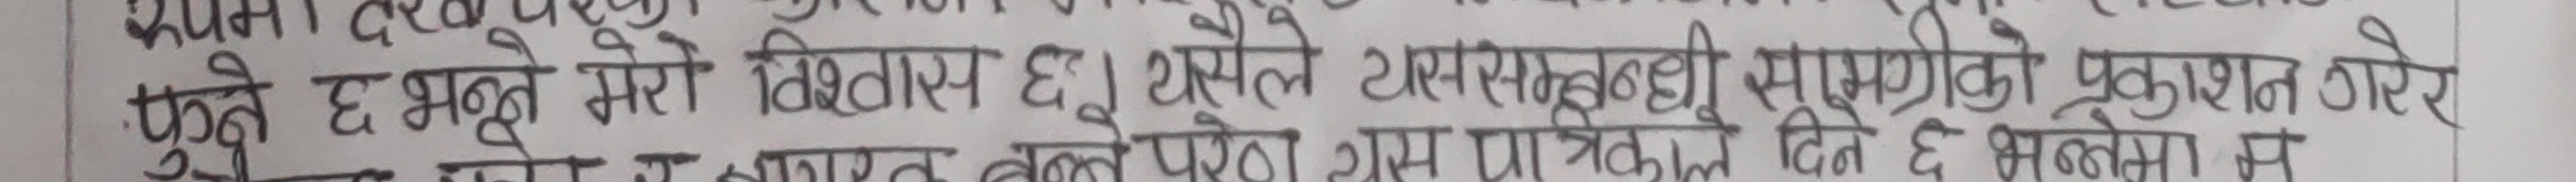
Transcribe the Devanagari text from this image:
फुने छ भन्ने मेरो विश्वास छ। यसैले यससम्बन्धी सामग्रीको प्रकाशन गरेर
बन्ने परेण यस दिन छ भन्नेमा म